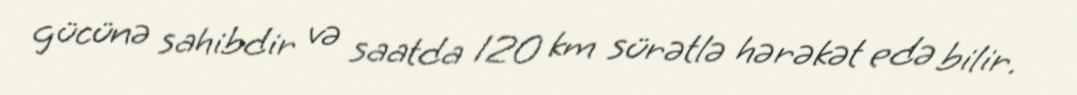
gücünə sahibdir və saatda 120 km sürətlə hərəkət edə bilir.